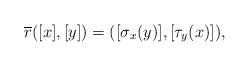
LaTeX: \begin{align*}\overline{r}([x],[y])=([\sigma_x(y)],[\tau_y(x)]),\end{align*}